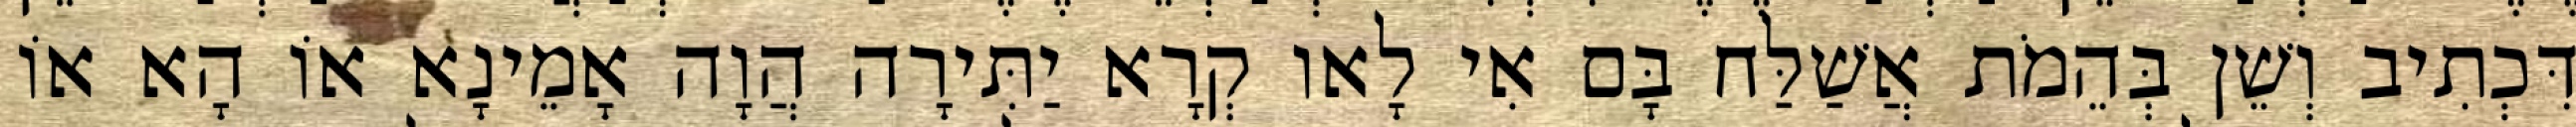
דִּכְתִיב וְשֵׁן בְּהֵמֹת אֲשַׁלַּח בָּם אִי לָאו קְרָא יַתִּירָה הֲוָה אָמֵינָא אוֹ הָא אוֹ